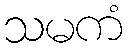
သမကံ